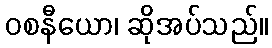
ဝစနီယော၊ ဆိုအပ်သည်။